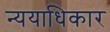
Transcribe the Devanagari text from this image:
न्ययाधिकार